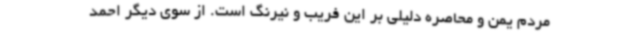
مردم یمن و محاصره دلیلی بر این فریب و نیرنگ است. از سوی دیگر احمد